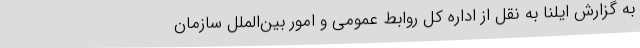
به گزارش ایلنا به نقل از اداره کل روابط عمومی و امور بین‌الملل سازمان